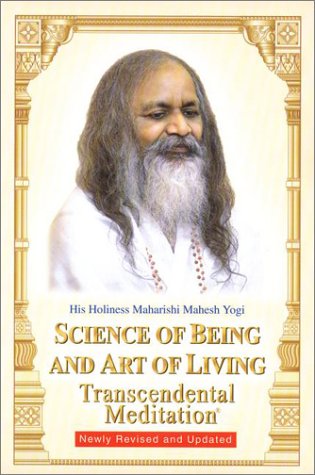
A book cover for Science of Being and Art of Living: Transcendental Meditation; Maharishi Mahesh Yogi; Religion & Spirituality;